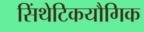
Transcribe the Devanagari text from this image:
सिंथेटिकयौगिक